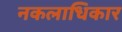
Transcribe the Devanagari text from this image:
नकलाधिकार